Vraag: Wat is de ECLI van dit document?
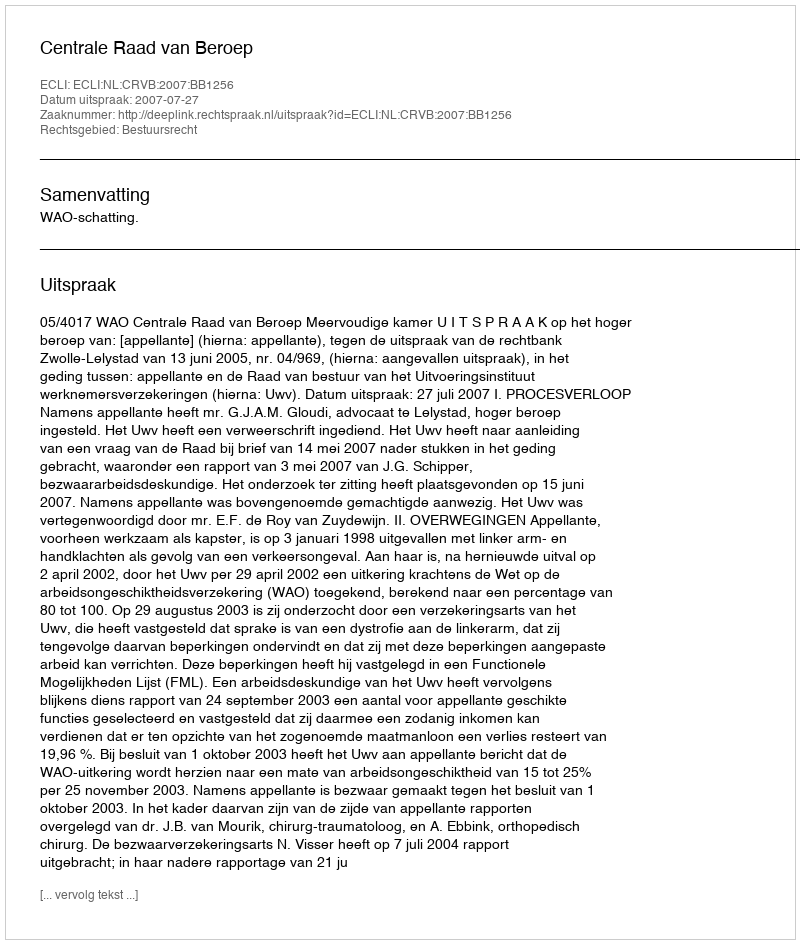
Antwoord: ECLI:NL:CRVB:2007:BB1256